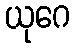
ယုဂေ